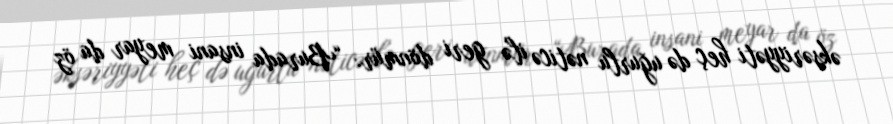
əksəriyyəti heç də uğurlu nəticə ilə geri dönmür: “Burada insani meyar da öz